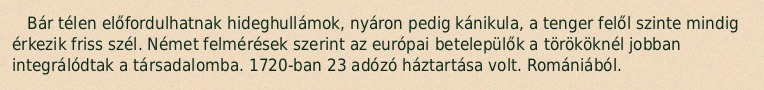
Bár télen előfordulhatnak hideghullámok, nyáron pedig kánikula, a tenger felől szinte mindig érkezik friss szél. Német felmérések szerint az európai betelepülők a törököknél jobban integrálódtak a társadalomba. 1720-ban 23 adózó háztartása volt. Romániából.